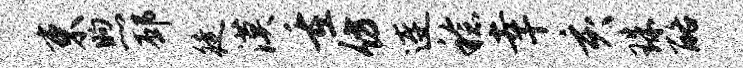
束煦邳徒漠重仿连稔幸亥珠酪